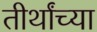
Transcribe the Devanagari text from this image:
तीर्थांच्या